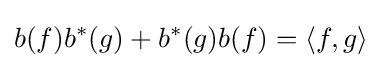
b(f)b^{*}(g)+b^{*}(g)b(f)=\langle f,g\rangle